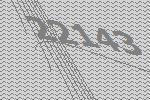
22143